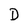
Character: D